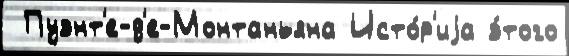
 Пуэнт'е-д'е-Монтаньяна Исто́р'иjа э́того